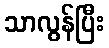
သာလွန်ပြီး